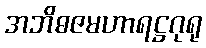
အဘိဓဇမဟာရဋ္ဌဂုရု